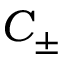
C _ { \pm }